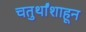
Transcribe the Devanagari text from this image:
चतुर्थांशाहून